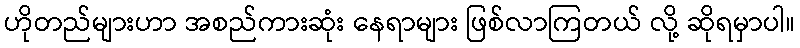
ဟိုတည်များဟာ အစည်ကားဆုံး နေရာများ ဖြစ်လာကြတယ် လို့ ဆိုရမှာပါ။